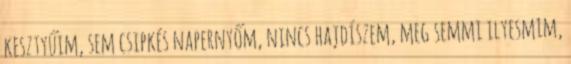
kesztyűim, sem csipkés napernyőm, nincs hajdíszem, meg semmi ilyesmim,